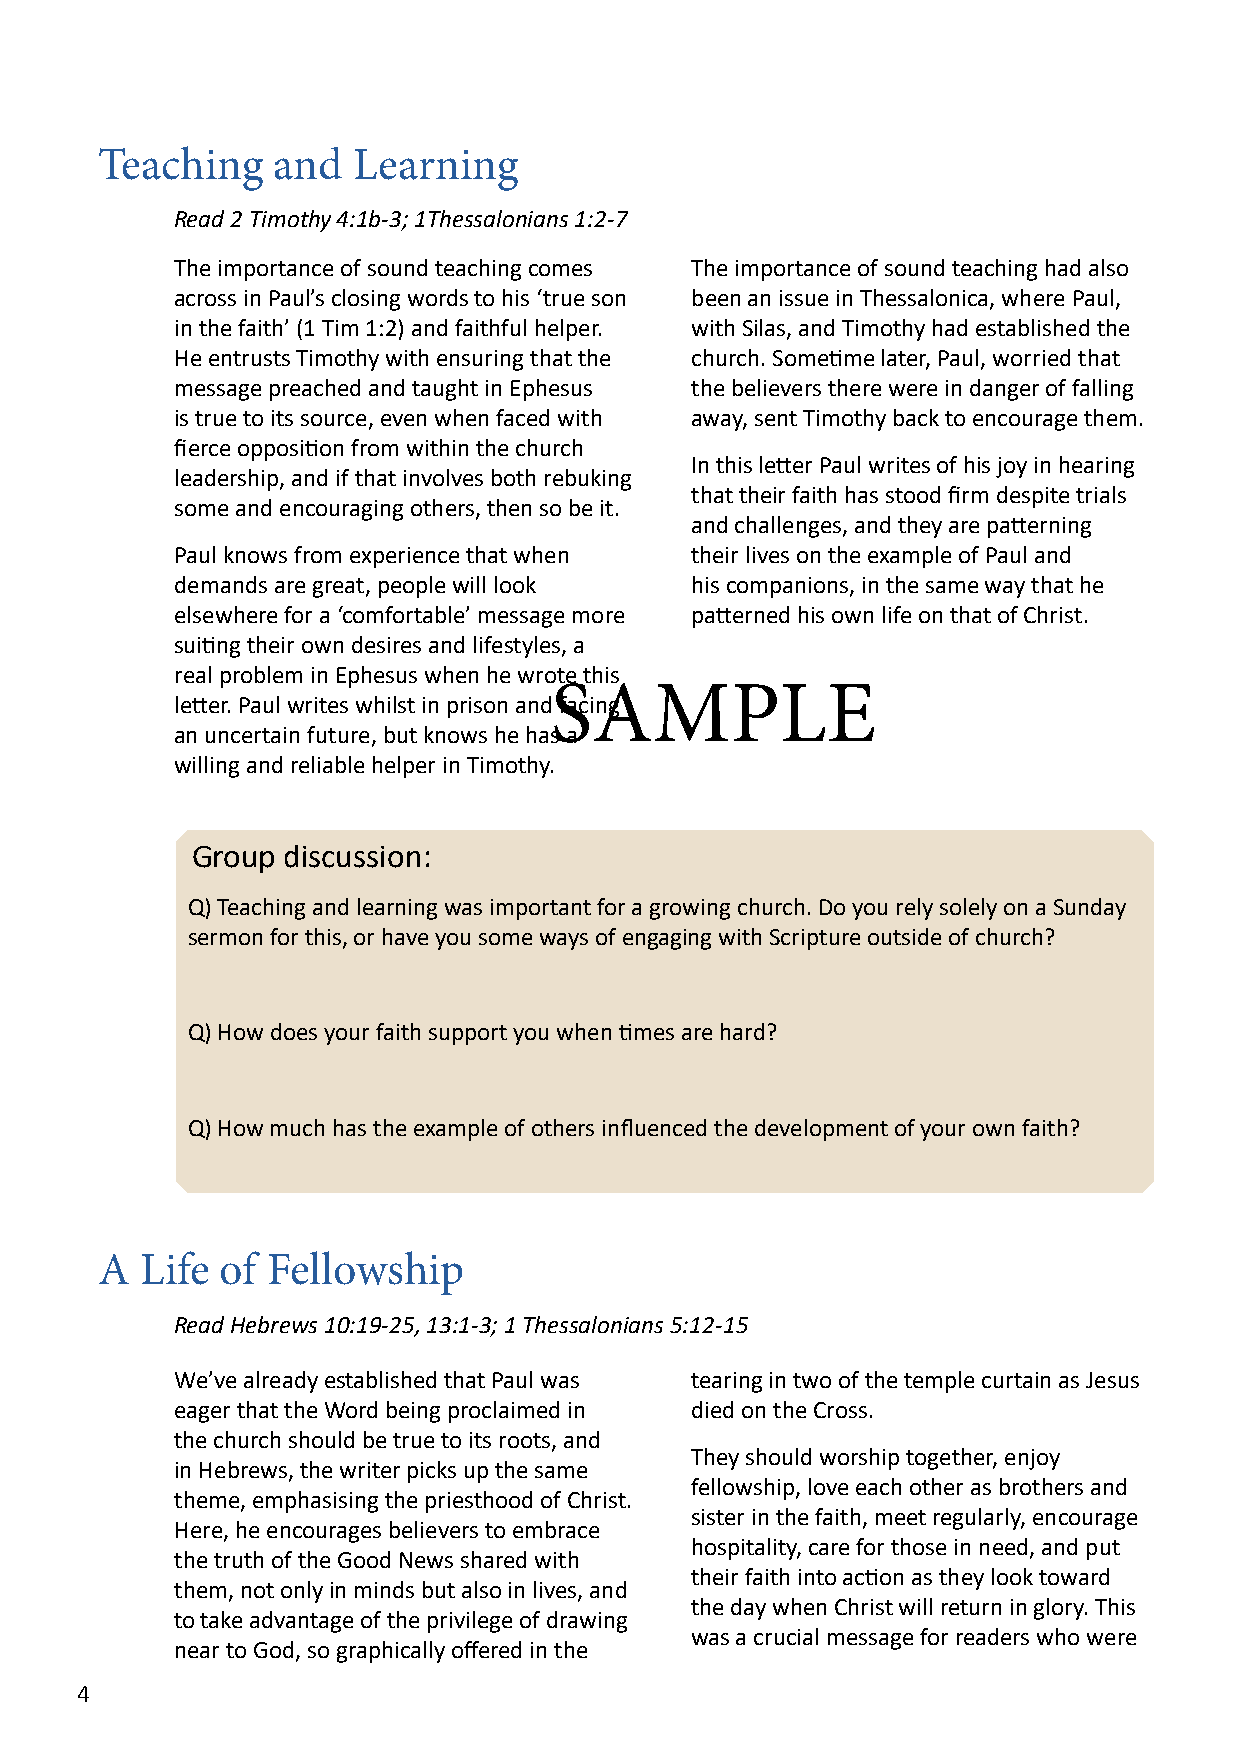
Teaching    and  Learning
 Read 2 Timothy 4:1b-3; 1Thessalonians 1:2-7
 The importance of sound teaching comes The importance of sound teaching had also
 across in Paul’s closing words to his ‘true son been an issue in Thessalonica, where Paul,
 in the faith’ (1 Tim 1:2) and faithful helper. with Silas, and Timothy had established the
 He entrusts Timothy with ensuring that the church. Sometime later, Paul, worried that
 message preached and taught in Ephesus the believers there were in danger of falling
 is true to its source, even when faced with away, sent Timothy back to encourage them.
 fierce opposition from within the church
 In this letter Paul writes of his joy in hearing
 leadership, and if that involves both rebuking
 that their faith has stood firm despite trials
 some and encouraging others, then so be it.
 and challenges, and they are patterning
 Paul knows from experience that when their lives on the example of Paul and
 demands are great, people will look his companions, in the same way that he
 elsewhere for a ‘comfortable’ message more patterned his own life on that of Christ.
 suiting their own desires and lifestyles, a
 real problem in Ephesus when he wrote this
 SAMPLE
 letter. Paul writes whilst in prison and facing
 an uncertain future, but knows he has a
 willing and reliable helper in Timothy.
 Group discussion:
 Q) Teaching and learning was important for a growing church. Do you rely solely on a Sunday
 sermon for this, or have you some ways of engaging with Scripture outside of church?
 Q) How does your faith support you when times are hard?
 Q) How much has the example of others influenced the development of your own faith?
 A  Life  of Fellowship
 Read Hebrews 10:19-25, 13:1-3; 1 Thessalonians 5:12-15
 We’ve already established that Paul was tearing in two of the temple curtain as Jesus
 eager that the Word being proclaimed in died on the Cross.
 the church should be true to its roots, and
 They should worship together, enjoy
 in Hebrews, the writer picks up the same
 fellowship, love each other as brothers and
 theme, emphasising the priesthood of Christ.
 sister in the faith, meet regularly, encourage
 Here, he encourages believers to embrace
 hospitality, care for those in need, and put
 the truth of the Good News shared with
 their faith into action as they look toward
 them, not only in minds but also in lives, and
 the day when Christ will return in glory. This
 to take advantage of the privilege of drawing
 was a crucial message for readers who were
 near to God, so graphically offered in the
 4